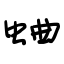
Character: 蛐